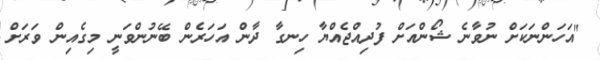
"އަހަންނަކަށް ނުވާނެ ޝޯންއަށް ފުދިއްޖެއްޔާ ހިނގާ ދާން އަހަރެން ބޭނުންވަނީ މިގެއިން ވަރަށް